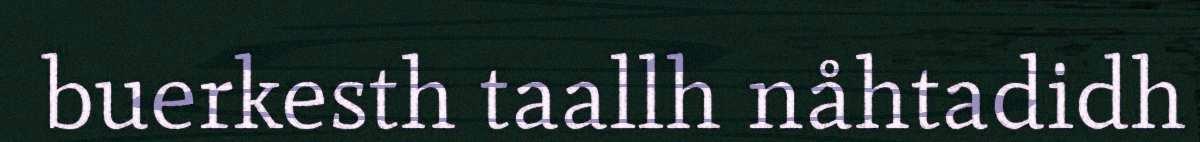
buerkesth taallh nåhtadidh